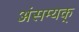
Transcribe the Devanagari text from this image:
अंसम्यक्